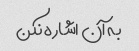
به آن اشاره نکن